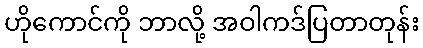
ဟိုကောင်ကို ဘာလို့ အဝါကဒ်ပြတာတုန်း